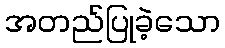
အတည်ပြုခဲ့သော